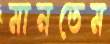
মানতেম